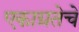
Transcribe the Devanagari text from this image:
एकाग्रतेचे